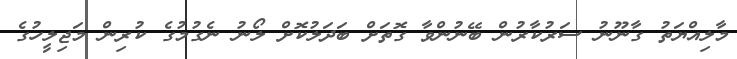
މާލިއްޔަތު ގާނޫނު ސަރުކާރުން ބޭނުންވާ ގޮތަށް ބަދަލުކޮށް ލޯނު ނެގުމުގެ ކުރިން މަޖިލީހުގެ